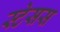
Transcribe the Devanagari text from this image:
स्टेसस